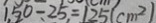
1 5 0 - 2 5 = 1 2 5 ( c m ^ { 2 } )